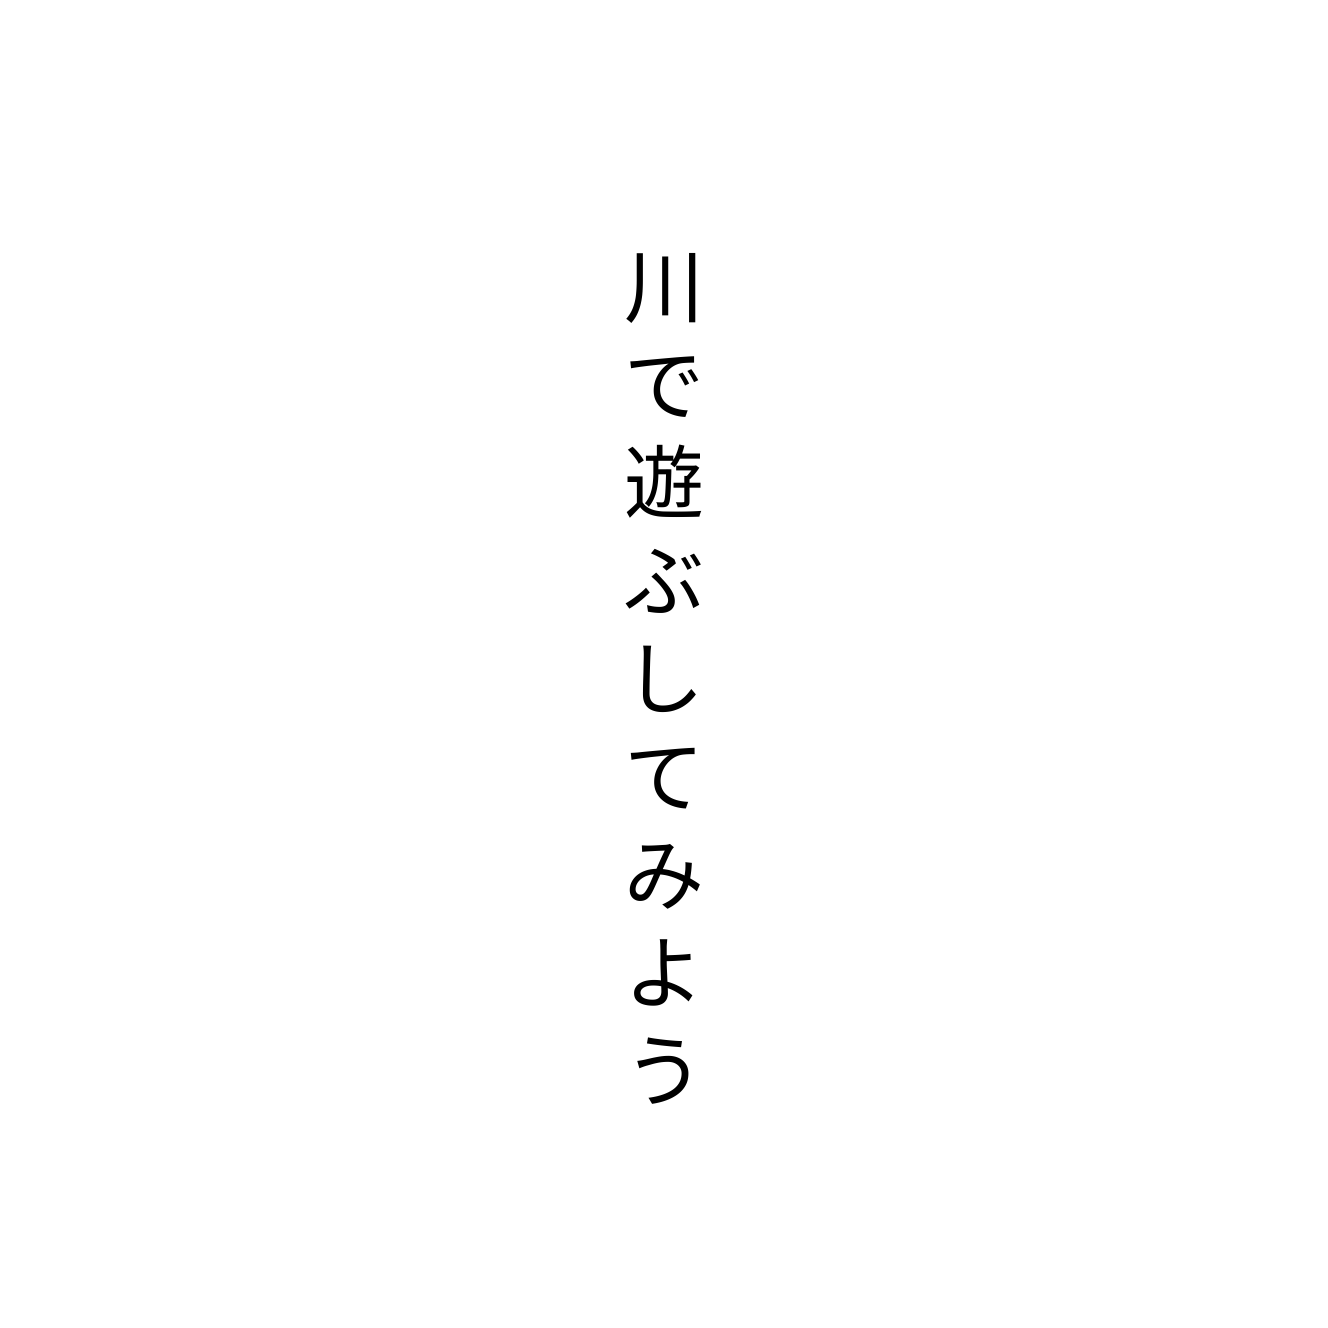
川で遊ぶしてみよう